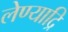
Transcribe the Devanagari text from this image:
लेण्याद्रि